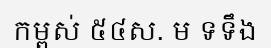
កម្ពស់ ៥៤ស. ម ទទឹង